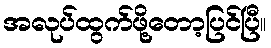
အလုပ်ထွက်ဖို့တော့ပြင်ပြီ။